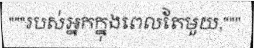
"""របស់អ្នកក្នុងពេលតែមួយ,"""